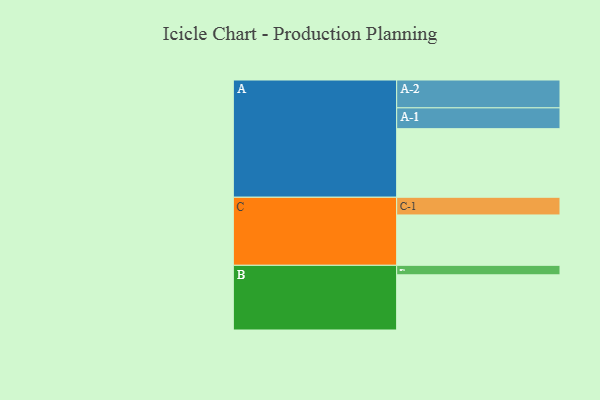
{"axis": {"x": "Segment", "y": "Value"}, "legend": ["", "A", "B", "C"], "data": [{"x": "A", "y": 527, "type": ""}, {"x": "B", "y": 424, "type": ""}, {"x": "C", "y": 387, "type": ""}, {"x": "A-1", "y": 160, "type": "A"}, {"x": "A-2", "y": 214, "type": "A"}, {"x": "B-1", "y": 73, "type": "B"}, {"x": "C-1", "y": 136, "type": "C"}]}